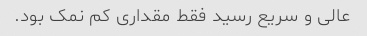
عالی و سریع رسید فقط مقداری کم نمک بود.